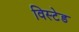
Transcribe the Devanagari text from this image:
विस्टेड